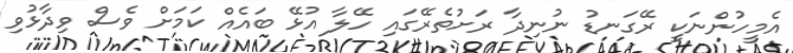
އެމީހުންނަކީ ރޭގަނޑު ނުނިދާ ރަށުތެރޭގައި ހޭލާ އުޅޭ ބައެއް ކަމަށް ވެސް ވިދާޅުވި